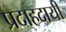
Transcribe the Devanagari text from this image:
प्रदाहदायी